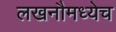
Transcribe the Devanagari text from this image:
लखनौमध्येच